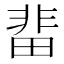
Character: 𮧅